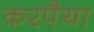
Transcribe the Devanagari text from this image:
करपैया